Vital statistics of India. Vol. VI, European troops 1870-79
Year: 1870
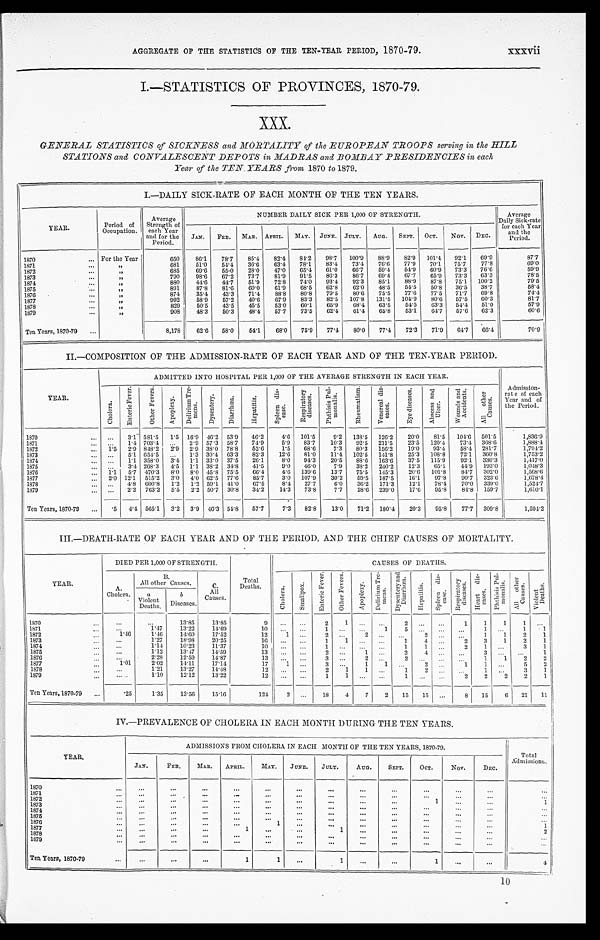
AGGREGATE OF THE STATISTICS OF THE TEN-YEAR PERIOD, 1870-79.
xxxvii
I . —STATI STI CS OF PROVI NCES, 1870- 79.
XXX.
GENERAL STATISTICS of SICKNESS and MORTALITY of the EUROPEAN TROOPS serving in the HILL
STATIONS and CONVALESCENT DEPOTS in MADRAS and BOMBAY PRESIDENCIES in each
Year of the TEN YEARS from 1870 to 1879.
I.—DAILY SICK-RATE OF EACH MONTH OF THE TEN YEARS.
YEAR.
Period of
Occupation.
Average
Strength of
each Year
and for the
Period.
NUMBER DAILY SICK PER 1,000 OF STRENGTH.
Average
Daily Sick-rate
for each Year
and the
Period.
JAN.
FEB . MAR. APRIL. MAY. JUNE. JULY.
AUG.
SEPT.
OCT.
NOV. DEC.
1870 . . .
For the Year
650
86.1
78.7
85.4
82.4
84.2
98.7
100.9
88.9
82.9 101.4
92.1
69.9
87.7
1871 . . .
"
681
51.0
54.4
36.6
63.4
78.1
83.4
73.4
76.6
77.9
70.1
75.7
77.8
69.0
1872 . . .
"
685
69.6
55.0
28.0
47.0
65.4
61.0
66.7
59.4
54.9
60.9
73.3
76.6
59.9
1873 . . .
"
790
98.6
67.2
73.7
81.9
91.5
86.3
86.7
69.4
67.7
65.9
73.3
63.3
78.5
1874 . . .
"
880
44.6
44.7
51.9
72.8
74.0
93.4
92.3
85.1
88.9
87.8
75.1 100.2
79.5
1875 . . .
"
891
87.8
81.6
60.0
61.9
68.5
62.8
62.0
48.5
54.5
50.8
36.5
38.7
58.4
1876 . . .
"
874
35.4
43.3
71.4
88.8
80.8
79.5
80.6
75.5
77.6
77.5
71.7
69.8
74.4
1877 . . .
"
992
58.9
57.2
40.6
67.9
83.3
82.5
107.8
131.5
104.9
80.6
57.5
60.3
81.7
1878 . . .
"
829
50.5
43.5
45.5
53.0
60.1
65.9
68.4
63.5
54.5
63.3
54.4
51.0
57.9
1879 . . .
"
908
48.3
50.3
48.4
57.7
73.5
62.4
61.4
65.8
53.1
64.7
57.6
62.3
60.6
Ten Years, 1870-79 . . .
8,178
62.6
58.0
54.1
68.0
75.9
77.4
80.0
77.4
72.3
71.9
64.7
66.4
70.9
II.—COMPOSITION OF THE ADMISSION-RATE OF EACH YEAR AND OF THE TEN-YEAR PERIOD.
YEAR.
ADMITTED INTO HOSPITAL PER 1,000 OF THE AVERAGE STRENGTH IN EACH YEAR.
Admission-
rate of each
Year and of
the Period.
C h o l e r a .
E n t e r i c F e v e r .
O t h e r F e v e r s .
A p o p l e x y .
D e l i r i u m T r e - m e n s .
D y s e n t e r y .
D i a r r h œ a .
H e p a t i t i s .
S p l e e n d i s - e a s e s .
R e s p i r a t o r y d i s e a s e s .
P h t h i s i s P u l - m o n a l i s .
R h e u m a t i s m .
V e n e r e a l d i s - e a s e s .
E y e d i s e a s e s .
A b s c e s s a n d U l e e r .
W o u n d s a n d A c c i d e n t s .
A l l o t h e r C a u s e s .
1870 . . .
. . . 3.1 581.5
1.5 16.9 46.2 53.9
46.2
4.6 101.5
9.2 138.5 126.2
20.0
81.5
104.6 501.5
1,836.9
1871 . . .
. . . 1.4 703.4
. . . 2.9 57.3 58.7
74.9
5.9
83.7
10.3
92.5 211.5
23.5 120.4
73.4 368.6
1,888.4
1872 . . .
1.5 2.9 848.2
2.9 2.9 38.0 78.8
52.6
1.5
68.6
7.3
80.3 156.2
19.0
93.4
58.4 281.7
1,794.2
1873 . . .
. . . 5.1 654.5
. . . 1.3 30.4 63.3
82.3
12.6
81.0
11.4 102.5 141.8
25.3 108.8
72.1 360.8
1,753.2
1874 . . .
. . .
1.1 358.0
3.4 1.1 33.0 37.5
26.1
8.0
94. 3
20.5
88.6 163.6
37.5 115.9
9 2 . 1 336.3
1,417.0
1875 . . .
. . . 3.4 268.3
4.5 1.1 38.2 34.8
41.5
9.0
46.0
7.9
38.2 240.2
12.3
65.1
4 4 . 9 193.0
1,048.3
1876 . . .
1.1
5.7 470.3
8.0 8.0 45.8 75.5
66.4
4.6 139.6
13.7
75.5 145.3
20.6 101.8
84.7 302.0
1,568.6
1877 . . .
2.0 12.1 515.2
3.0 4.0 62.5 77.6
85.7
3.0 107.9
30.2
59.5 187.5
16.1
97.8
90.7 323.6
1,678.4
1878 . . .
. . . 4.8 600.8
1.2 1.2 59.1 41.0
67.5
8.4
27.7
6.0
36.2 171.3
12.1
78.4
70.0 339.0
1,524.7
1879 . . .
. . .
2.2 763.2
5.5 2.2 50.7 30.8
34.2
14.3
73.8
7.7
28.6 239.0
17.6
95.8
84.8 159.7
1,610.1
Ten Years, 1870-79 . .
.5
4.4 565.1
3.2 3.9 46.3 54.8
57.7
7.3
82.8
13.0
71.2 180.4
20.3
95.8
77.7 309.8
1,594.2
III.—DEATH-RATE OF EACH YEAR AND OF THE PERIOD, AND THE CHIEF CAUSES OF MORTALITY.
YEAR.
DIED PER 1,000 OF STRENGH.
Total
Deaths.
CAUSES OF DEATHS.
A.
Cholera.
B .
All other Causes.
C.
All
Causes.
C h o l e r a .
S m a l l p o x .
E n t e r i c F e v e r .
O t h e r F e v e r s .
A p o p l e x y .
D e l i r i u m T r e - m e n s .
D y s e n t e r y a n d D i a r r h œ a .
H e p a t i t i s .
S p l e e n d i s - e a s e .
R e s p i r a t o r y d i s e a s e s .
H e a r t d i s - e a s e s .
P h t h i s i s P u l - m o n a l i s .
A l l o t h e r C a u s e s .
V i o l e n t D e a t h s .
a
Violent
Deaths.
b
Diseases.
1870 . . .
. . .
. . .
13.85
13.85
9
. . .
. . .
2
1
. . .
. . .
2
. . .
. . .
1
1
1
1
. . .
1871 . . .
. . .
1.47
13.22
14.69
10
. . .
. . .
1
. . .
. . .
1
5
. . .
. . .
. . .
1
. . .
1
1
1872 . . .
1.46
1.46
14.60
17.52
12
1
. . .
2
. . .
2
. . .
. . .
2
. . .
. . .
1
1
2
1
1873 . . .
. . .
1.27
18.98
20.25
1 6
. . .
. . .
1
1
. . .
. . .
1
4
. . .
2
3
1
2
1
1874 . . .
. . .
1.14
10.23
11.37
10
. . .
. . .
1
. . .
. . .
. . .
1
1
. . .
2
1
. . .
3
1
1875 . . .
. . .
1.12
13.47
14.59
13
. . . . . .
2
. . .
1
. . .
2
4
. . .
. . .
3
. . .
. . . 1
1876 . . .
. . .
2.28
12.59
14.87
1 3
. . .
. . .
3
. . .
2
. . .
2
. . .
. . .
. . .
1
1
2
2
1 8 7 7 . . .
1.01
2.02
14.11
17.14
17
1
. . .
3
. . .
1
1
. . .
2
. . .
1
1
. . .
5
2
1878 . . .
. . .
1.21
13.27
14.48
1 2
. . .
. . .
2
1
1
. . .
1
2
. . .
. . .
1
. . .
3
1
1 8 7 9 . . .
. . .
1.10
12.12
13.22
12
. . .
. . .
1
1
. . .
. . .
1
. . .
. . .
2
2
2
2
1
Ten Years, 1870-79 . . .
.25
1.35
13.56
15.16
124
2
. . . 18
4
7
2
15
15
. . .
8
15
6
21
11
IV.—PREVALENCE OF CHOLERA IN EACH MONTH DURING THE TEN YEARS.
YEAR.
ADMISSIONS FROM CHOLERA IN EACH MONTH OF THE TEN YEARS, 1870-79.
Total
Admissions.
JAN.
FEB.
MAR.
APRIL.
MAY.
JUNE.
JULY.
AUG.
SEPT.
OCT.
NOV.
DEC.
1870 . . .
. . .
. . .
. . .
. . .
. . .
. . .
. . .
. . .
. . .
. . .
. . .
. . .
. . .
1871 . . .
. . .
. . .
. . .
. . .
. . .
. . .
. . .
. . .
. . .
. . .
. . .
. . .
. . .
1 8 7 2 . . .
. . .
. . .
. . .
. . .
. . .
. . .
. . .
. . .
. . .
1
. . .
. . .
1
1873 . . .
. . .
. . .
. . .
. . .
. . .
. . .
. . .
. . .
. . .
. . .
. . .
. . .
. . .
1874 . . .
. . .
. . .
. . .
. . .
. . .
. . .
. . .
. . .
. . .
. . .
. . .
. . .
. . .
1875 . . .
. . .
. . .
. . .
. . .
. . .
. . .
. . .
. . .
. . .
. . .
. . .
. . .
. . .
1876 . . .
. . .
. . .
. . .
. . .
1
. . .
. . .
. . .
. . .
. . .
. . .
. . .
1
1 8 7 7 . . .
. . .
. . .
. . .
1
. . .
. . .
1
. . .
. . .
. . .
. . .
. . .
2
1 8 7 8 . . .
. . .
. . .
. . .
. . .
. . .
. . .
. . .
. . .
. . .
. . .
. . .
. . .
. . .
1879 . . .
. . .
. . .
. . .
. . .
. . .
. . .
. . .
. . .
. . .
. . .
. . .
. . .
. . .
Ten Years, 1870-79 . . .
. . .
. . .
. . .
1
1
. . .
1
. . .
. . .
1
. . .
. . .
4
1 0